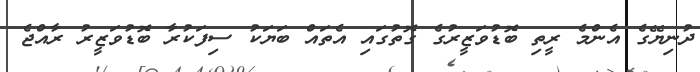
ދުނިޔޭގެ އެންމެ ރީތި ބޮޑުވަޒީރުގެ ގޮތުގައި އެތައް ބަޔަކު ސިފަކުރާ ބޮޑުވަޒީރު ރާއްޖެ